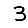
Digit: 3